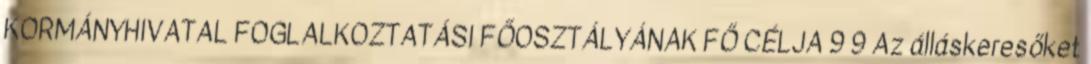
KORMÁNYHIVATAL FOGLALKOZTATÁSI FŐOSZTÁLYÁNAK FŐ CÉLJA 9 9 Az álláskeresőket